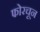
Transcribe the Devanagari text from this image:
फोरचून